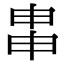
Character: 𤱓